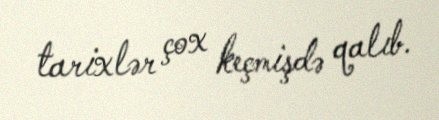
tarixlər çox keçmişdə qalıb.